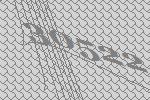
30522